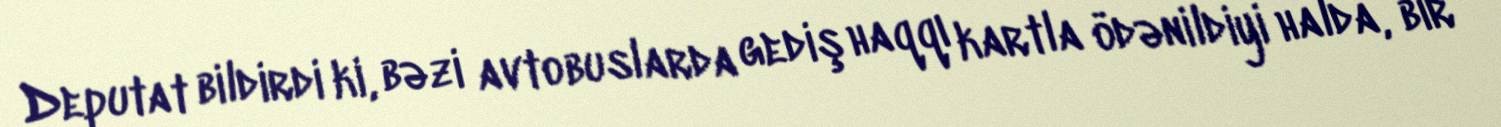
Deputat bildirdi ki, bəzi avtobuslarda gediş haqqı kartla ödənildiyi halda, bir